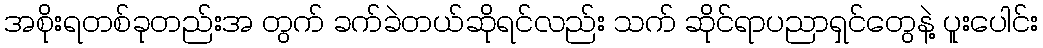
အစိုးရတစ်ခုတည်းအ တွက် ခက်ခဲတယ်ဆိုရင်လည်း သက် ဆိုင်ရာပညာရှင်တွေနဲ့ ပူးပေါင်း